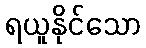
ရယူနိုင်သော